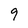
Character: 9